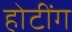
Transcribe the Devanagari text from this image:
होटींग